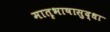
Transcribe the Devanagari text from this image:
मातृभाषासुद्धा